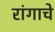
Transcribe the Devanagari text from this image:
रांगाचे